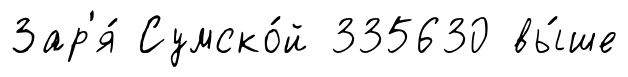
Зар'я́ Сумско́й 335630 вы́ше